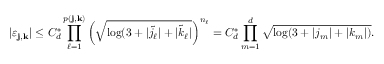
| \varepsilon _ { \mathbf { j } , \mathbf { k } } | \leq C _ { d } ^ { * } \prod _ { \ell = 1 } ^ { p ( \mathbf { j } , \mathbf { k } ) } \left( \sqrt { \log ( 3 + | \widetilde { j } _ { \ell } | + | \widetilde { k } _ { \ell } | } \right) ^ { n _ { \ell } } = C _ { d } ^ { * } \prod _ { m = 1 } ^ { d } \sqrt { \log ( 3 + | j _ { m } | + | k _ { m } | ) } .